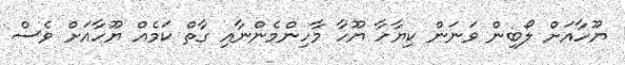
ޔޫހާއަށް ލޯބިން ވަނަން ކިޔާހާ ޔޫހާ މާހިންމެންނާއި ގާތް ކަމެއް ޔޫހާއަށް ވެސް